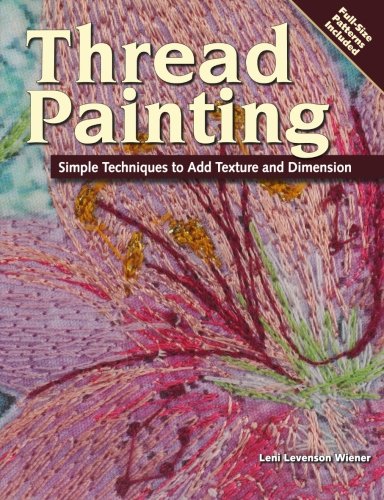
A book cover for Thread Painting: Simple Techniques to Add Texture and Dimension; Leni Levenson Wiener; Crafts, Hobbies & Home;